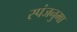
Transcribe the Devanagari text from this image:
स्पंजनुमा